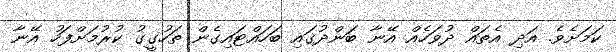
ކަމަށެވެ. އަދި އެތައް ދުވަހެއް އޭނާ ބަންދުގައި ބަހައްޓައިގެން ތަހުގީގު ކުރުމަށްފަހު އޭނާ